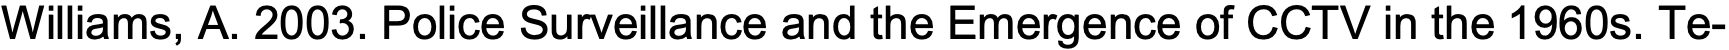
Williams, A. 2003. Police Surveillance and the Emergence of CCTV in the 1960s. Te-